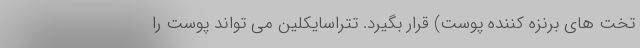
تخت های برنزه کننده پوست) قرار بگیرد. تتراسایکلین می تواند پوست را